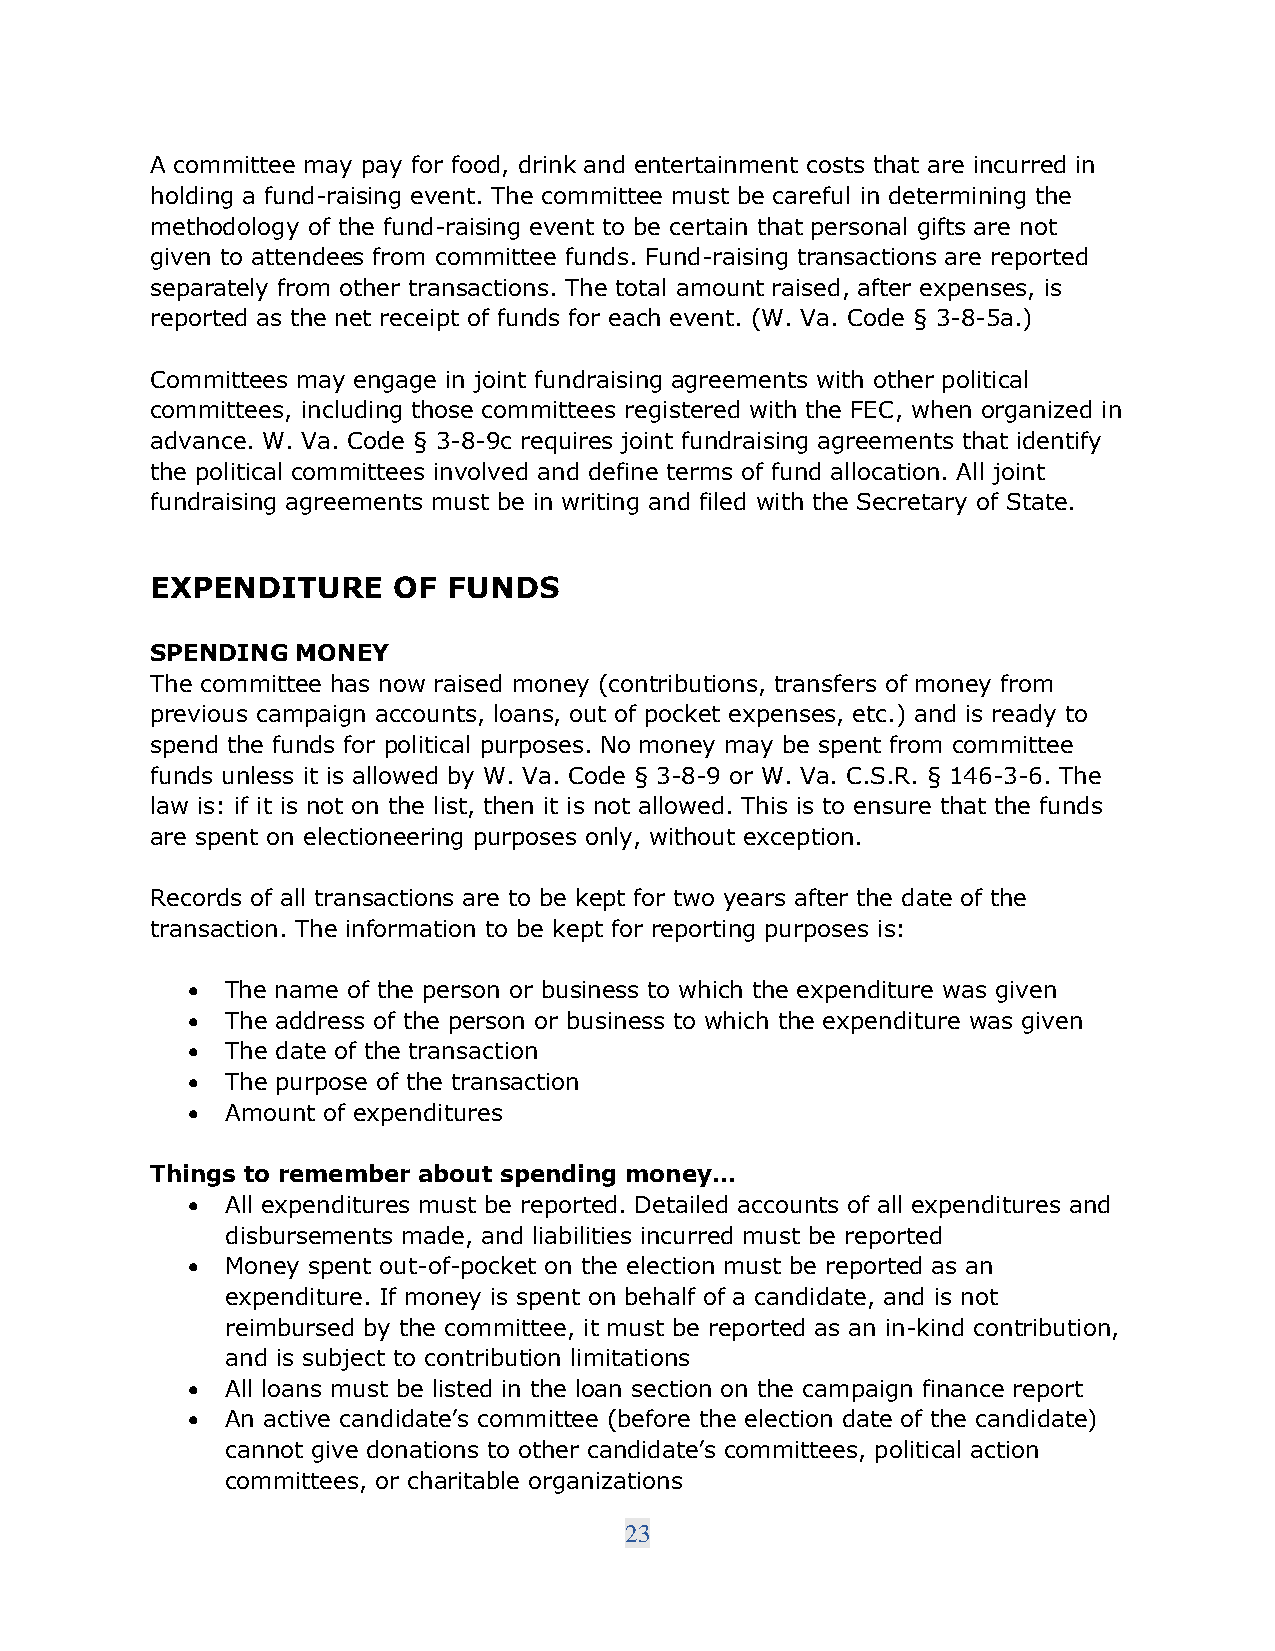
A committee may pay for food, drink and entertainment costs that are incurred in
 holding a fund-raising event. The committee must be careful in determining the
 methodology of the fund-raising event to be certain that personal gifts are not
 given to attendees from committee funds. Fund-raising transactions are reported
 separately from other transactions. The total amount raised, after expenses, is
 reported as the net receipt of funds for each event. (W. Va. Code § 3-8-5a.)
 Committees may engage in joint fundraising agreements with other political
 committees, including those committees registered with the FEC, when organized in
 advance. W. Va. Code § 3-8-9c requires joint fundraising agreements that identify
 the political committees involved and define terms of fund allocation. All joint
 fundraising agreements must be in writing and filed with the Secretary of State.
 EXPENDITURE     OF  FUNDS
 SPENDING  MONEY
 The committee has now raised money (contributions, transfers of money from
 previous campaign accounts, loans, out of pocket expenses, etc.) and is ready to
 spend the funds for political purposes. No money may be spent from committee
 funds unless it is allowed by W. Va. Code § 3-8-9 or W. Va. C.S.R. § 146-3-6. The
 law is: if it is not on the list, then it is not allowed. This is to ensure that the funds
 are spent on electioneering purposes only, without exception.
 Records of all transactions are to be kept for two years after the date of the
 transaction. The information to be kept for reporting purposes is:
 •  The name of the person or business to which the expenditure was given
 •  The address of the person or business to which the expenditure was given
 •  The date of the transaction
 •  The purpose of the transaction
 •  Amount of expenditures
 Things to remember about spending money...
 •  All expenditures must be reported. Detailed accounts of all expenditures and
 disbursements made, and liabilities incurred must be reported
 •  Money spent out-of-pocket on the election must be reported as an
 expenditure. If money is spent on behalf of a candidate, and is not
 reimbursed by the committee, it must be reported as an in-kind contribution,
 and is subject to contribution limitations
 •  All loans must be listed in the loan section on the campaign finance report
 •  An active candidate’s committee (before the election date of the candidate)
 cannot give donations to other candidate’s committees, political action
 committees, or charitable organizations
 23